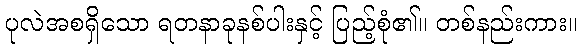
ပုလဲအစရှိသော ရတနာခုနစ်ပါးနှင့် ပြည့်စုံ၏။ တစ်နည်းကား။